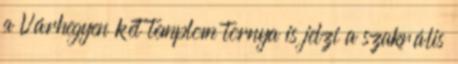
a Várhegyen két templom tornya is jelzi a szakrális